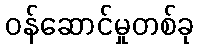
ဝန်ဆောင်မှုတစ်ခု